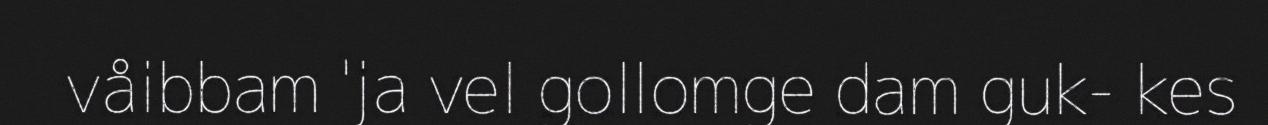
våibbam 'ja vel gollomge dam guk- kes